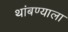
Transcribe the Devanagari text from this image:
थांबण्याला